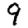
Digit: 9